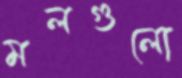
মলগুলো